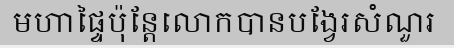
មហាផ្ទៃប៉ុន្តែលោកបានបង្វែរសំណួរ